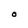
Character: O